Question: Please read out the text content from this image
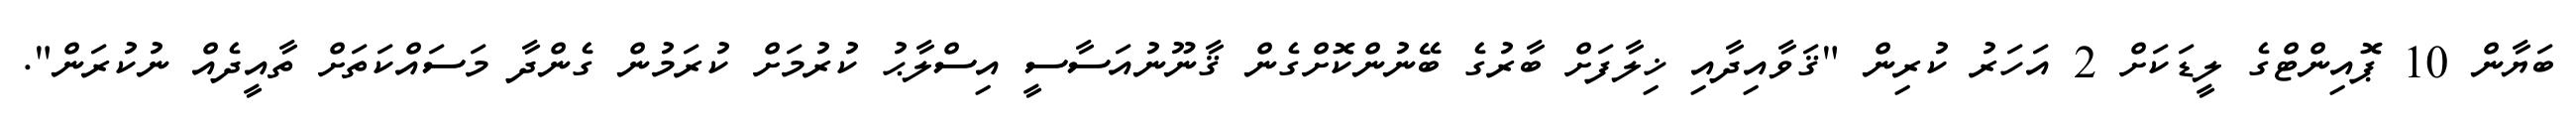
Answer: ބަޔާން 10 ޕޮއިންޓްގެ ލީޑަކަށް 2 އަހަރު ކުރިން "ޤަވާއިދާއި ޚިލާފަށް ބާރުގެ ބޭނުންކޮށްގެން ޤާނޫނުއަސާސީ އިސްލާޙު ކުރުމަށް ކުރަމުން ގެންދާ މަސައްކަތަށް ތާއީދެއް ނުކުރަން".